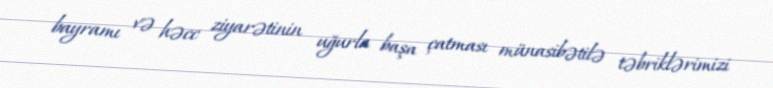
bayramı və həcc ziyarətinin uğurla başa çatması münasibətilə təbriklərimizi